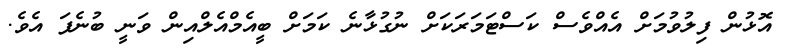
އޮޅުން ފިލުވުމަށް އެއްވެސް ކަސްޓަމަރަކަށް ނުގުޅާނެ ކަމަށް ބީއެމްއެލްއިން ވަނީ ބުނެފަ އެވެ.